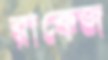
রাকেজ